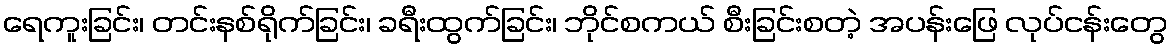
ရေကူးခြင်း၊ တင်းနစ်ရိုက်ခြင်း၊ ခရီးထွက်ခြင်း၊ ဘိုင်စကယ် စီးခြင်းစတဲ့ အပန်းဖြေ လုပ်ငန်းတွေ